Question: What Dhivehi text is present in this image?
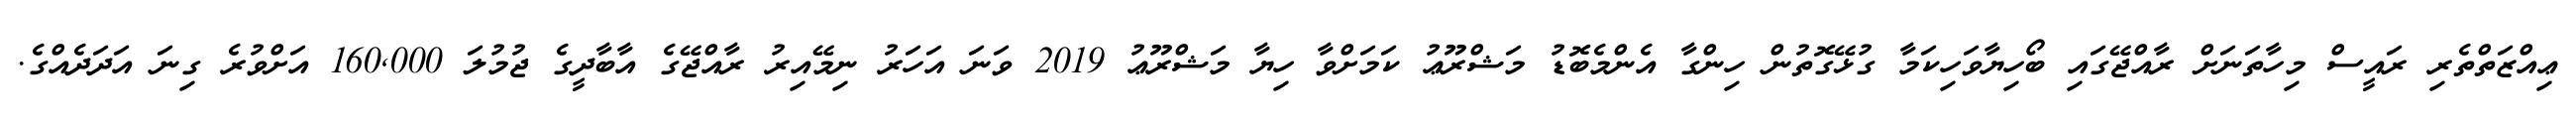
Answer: ޢިއްޒަތްތެރި ރައީސް މިހާތަނަށް ރާއްޖޭގައި ބޯހިޔާވަހިކަމާ ގުޅޭގޮތުން ހިންގާ އެންމެބޮޑު މަޝްރޫޢު ކަމަށްވާ ހިޔާ މަޝްރޫޢު 2019 ވަނަ އަހަރު ނިމޭއިރު ރާއްޖޭގެ އާބާދީގެ ޖުމުލަ 160,000 އަށްވުރެ ގިނަ އަދަދެއްގެ.